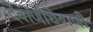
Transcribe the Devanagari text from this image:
देवाणीघेवाणी